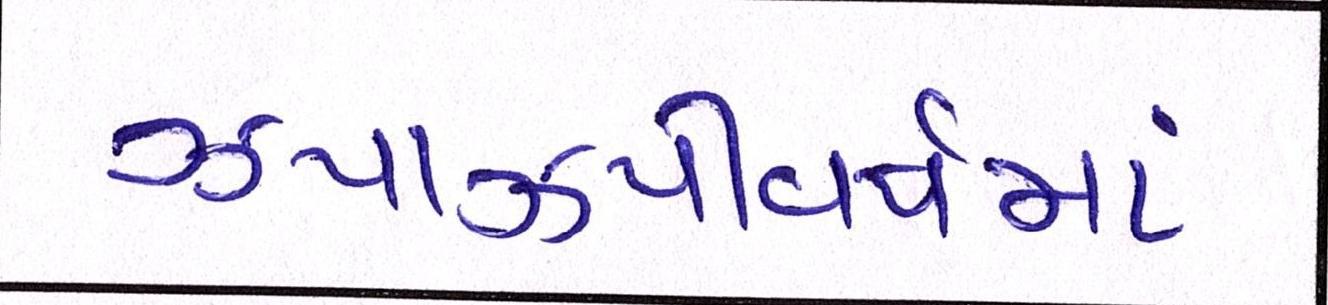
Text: ઝપાઝપીવર્ષમાં